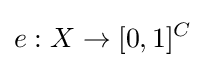
e:X\to [0,1]^{C}